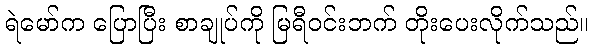
ရဲမော်က ပြောပြီး စာချုပ်ကို မြရီဝင်းဘက် တိုးပေးလိုက်သည်။